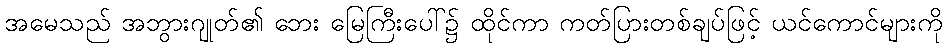
အမေသည် အဘွားဂျုတ်၏ ဘေး မြေကြီးပေါ်၌ ထိုင်ကာ ကတ်ပြားတစ်ချပ်ဖြင့် ယင်ကောင်များကို